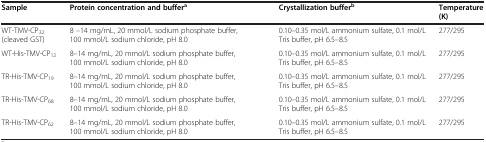
| Sample | Protein concentration and buffera | Crystallization bufferb | Temperature(K) |
 | --- | --- | --- | --- |
 | WT-TMV-CP32 (cleaved GST) | 8 –14 mg/mL, 20 mmol/L sodium phosphate buffer, 100 mmol/L sodium chloride, pH 8.0 | 0.10–0.35 mol/L ammonium sulfate, 0.1 mol/L Tris buffer, pH 6.5–8.5 | 277/295 |
 | WT-His-TMV-CP12 | 8–14 mg/mL, 20 mmol/L sodium phosphate buffer, 100 mmol/L sodium chloride, pH 8.0 | 0.10–0.35 mol/L ammonium sulfate, 0.1 mol/L Tris buffer, pH 6.5–8.5 | 277/295 |
 | TR-His-TMV-CP19 | 8–14 mg/mL, 20 mmol/L sodium phosphate buffer, 100 mmol/L sodium chloride, pH 8.0 | 0.10–0.35 mol/L ammonium sulfate, 0.1 mol/L Tris buffer, pH 6.5–8.5 | 277/295 |
 | TR-His-TMV-CP68 | 8–14 mg/mL, 20 mmol/L sodium phosphate buffer, 100 mmol/L sodium chloride, pH 8.0 | 0.10–0.35 mol/L ammonium sulfate, 0.1 mol/L Tris buffer, pH 6.5–8.5 | 277/295 |
 | TR-His-TMV-CP62 | 8–14 mg/mL, 20 mmol/L sodium phosphate buffer, 100 mmol/L sodium chloride, pH 8.0 | 0.10–0.35 mol/L ammonium sulfate, 0.1 mol/L Tris buffer, pH 6.5–8.5 | 277/295 |